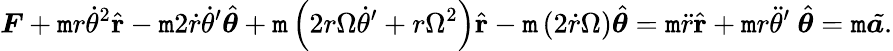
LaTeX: {\boldsymbol{F}}+\mathtt{m}r{\dot{{\theta}}}^{2}{\hat{{\mathbf{{r}}}}}-\mathtt{m}2{\dot{{r}}}{\dot{{\theta}}}^{\prime}{\hat{{\boldsymbol{\theta}}}}+\mathtt{m}\left(2r\Omega{\dot{{\theta}}}^{\prime}+r\Omega^{2}\right){\hat{{\mathbf{{r}}}}}-\mathtt{m}\left(2{\dot{{r}}}\Omega\right){\hat{{\boldsymbol{\theta}}}}=\mathtt{m}{\ddot{{r}}}{\hat{{\mathbf{{r}}}}}+\mathtt{m}r{\ddot{{\theta}}}^{\prime}\ {\hat{{\boldsymbol{\theta}}}}=\mathtt{m}{\tilde{{{\boldsymbol{a}}.}}}